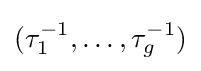
(\tau _{1}^{-1},\ldots ,\tau _{g}^{-1})